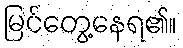
မြင်တွေ့နေရ၏။